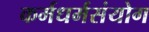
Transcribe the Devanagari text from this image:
कर्मधर्मसंयोग